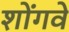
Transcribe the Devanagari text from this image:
शोंगवे